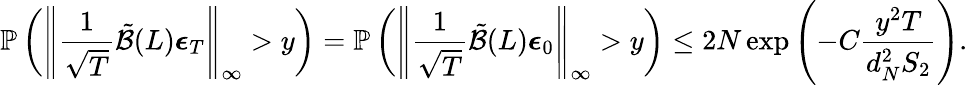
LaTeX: \mathbb{P}\left(\left\lVert\frac{1}{\sqrt{T}}\tilde{\mathcal{B}}(L)\boldsymbol{\epsilon}_{T}\right\rVert_{\infty}>y\right)=\mathbb{P}\left(\left\lVert\frac{1}{\sqrt{T}}\tilde{\mathcal{B}}(L)\boldsymbol{\epsilon}_{0}\right\rVert_{\infty}>y\right)\leq 2N\exp\left(-C\frac{y^{2}T}{d_{N}^{2}S_{2}}\right).